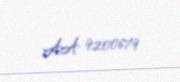
AA 9200679